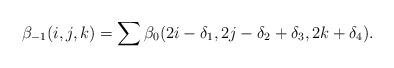
LaTeX: \begin{align*}\beta_{-1}(i,j,k) = \sum \beta_0(2i-\delta_1, 2j-\delta_2+\delta_3, 2k+\delta_4).\end{align*}